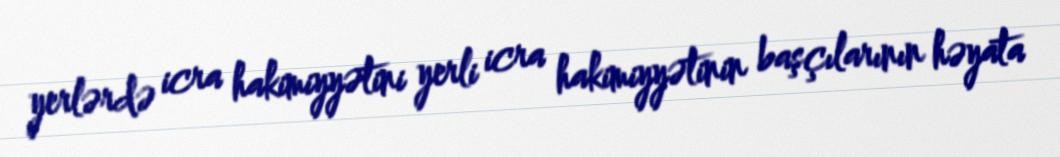
yerlərdə icra hakimiyyətini yerli icra hakimiyyətinin başçılarının həyata